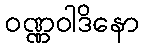
ဝဏ္ဏဝါဒိနော